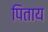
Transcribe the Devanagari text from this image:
पिताय